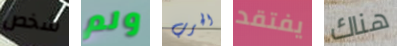
شخص ولم الحرب يفتقد هناك